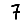
Digit: 7